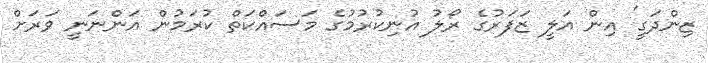
ޒިންދަގީ' އިން އަލީ ޒަފަރުގެ ރޯލު އުނިކުރުމުގެ މަސައްކަތް ކުރަމުން އަންނަނީ ވަރަށް